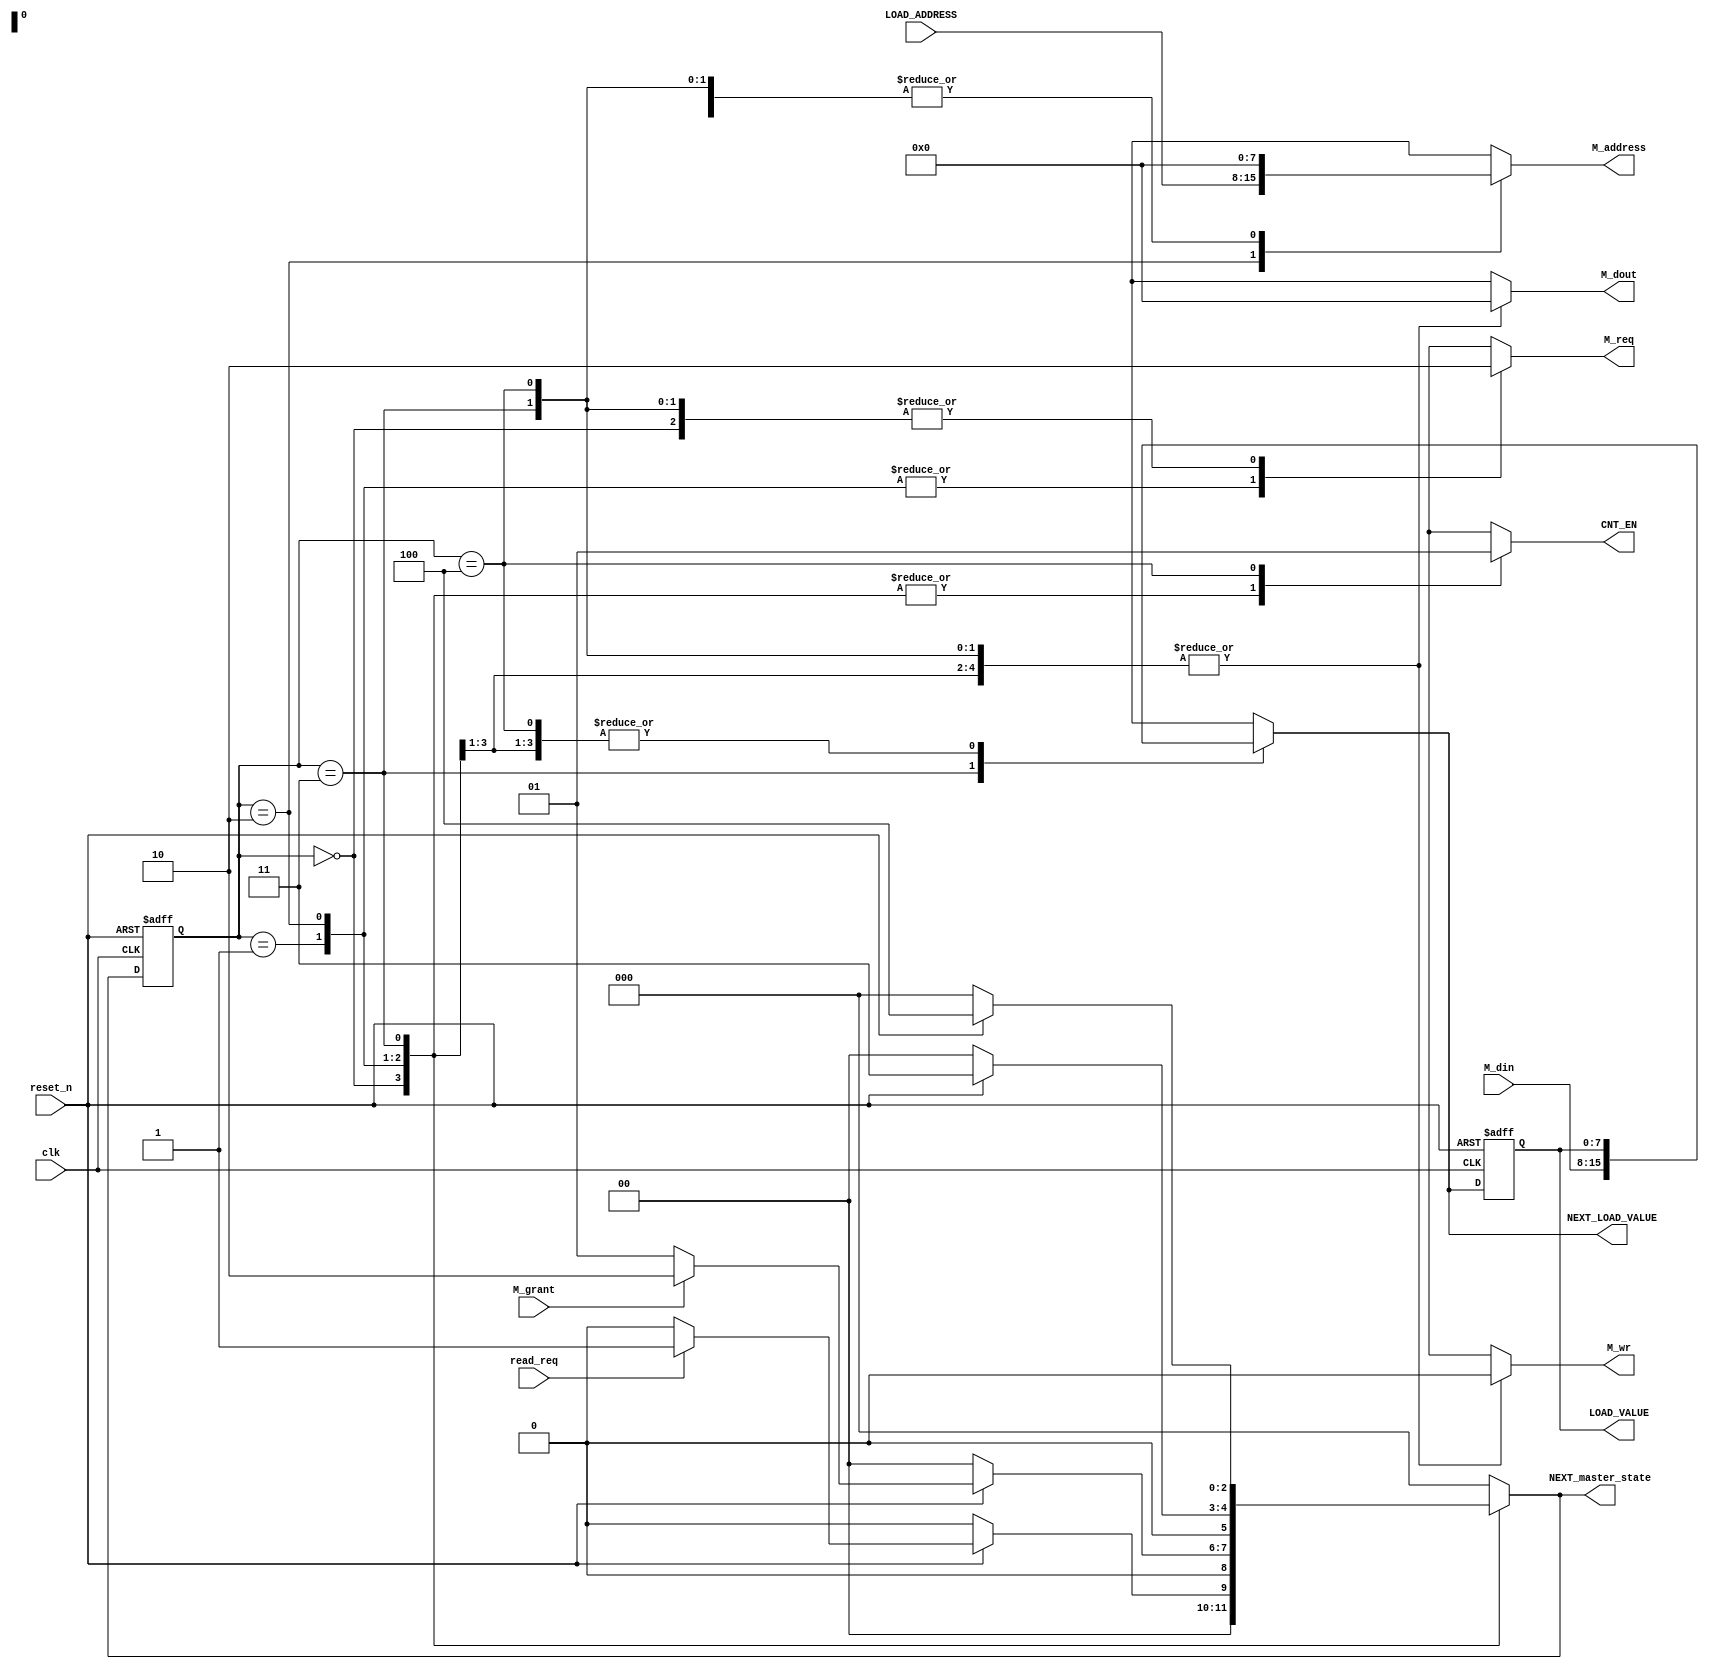
module	timer_master(clk, reset_n, read_req, LOAD_ADDRESS, M_grant, M_din, NEXT_master_state, NEXT_LOAD_VALUE, LOAD_VALUE, CNT_EN, M_req, M_address, M_wr, M_dout);
	input						clk, reset_n;
	input						read_req;
	input			[7:0]		LOAD_ADDRESS;
	input						M_grant;
	input			[7:0]		M_din;
	
	output reg	[2:0]		NEXT_master_state;
	output reg	[7:0]		NEXT_LOAD_VALUE;
	output reg	[7:0]		LOAD_VALUE;
	output reg				CNT_EN;
	output reg				M_req;
	output reg	[7:0]		M_address;
	output reg				M_wr;
	output reg	[7:0]		M_dout;
		

	reg			[2:0]		master_state;

	parameter	master_IDLE_STATE			=	3'b000;
	parameter	master_READ_REQ_STATE	=	3'b001;
	parameter	master_READ_GRA_STATE	=	3'b010;
	parameter	master_READ_DEL_STATE 	= 	3'b011;
	parameter	master_CNT_EN_STATE		=	3'b100;
	
	//-------------------------------------------------------------------------
	
	// Sequential Circuit - (master_state)
	always @ (posedge clk or negedge reset_n)
	begin
		if(reset_n == 1'b0) 			master_state <= master_IDLE_STATE;
		else								master_state <= NEXT_master_state;
	end
	
	//-------------------------------------------------------------------------
	
	// Combinational Logic - (NEXT_master_state Logic)
	
	always @ (master_state or reset_n or read_req or M_grant)
	begin
	case(master_state)
	master_IDLE_STATE:
		begin
			if(reset_n==1'b0)									NEXT_master_state <= master_IDLE_STATE;
			else if(read_req == 1'b0)						NEXT_master_state <= master_IDLE_STATE;
			else if(read_req == 1'b1)						NEXT_master_state <= master_READ_REQ_STATE;
			else													NEXT_master_state <= master_IDLE_STATE;
			//CNT_EN==0.
		end
	master_READ_REQ_STATE:
		begin
			if(reset_n==1'b0)									NEXT_master_state <= master_IDLE_STATE;
			else if(M_grant == 1'b0)						NEXT_master_state <= master_READ_REQ_STATE;
			else if(M_grant == 1'b1)						NEXT_master_state <= master_READ_GRA_STATE;
			else													NEXT_master_state <= master_READ_REQ_STATE;
			//   grant        .
		end
	master_READ_GRA_STATE:
		begin
			if(reset_n==0)										NEXT_master_state <= master_IDLE_STATE;
			else													NEXT_master_state <= master_READ_DEL_STATE;
			//  M_address, M_wr, M_dout    .
		end
	master_READ_DEL_STATE:
		begin
			if(reset_n==0)										NEXT_master_state <= master_IDLE_STATE;
			else													NEXT_master_state <= master_CNT_EN_STATE;
			//M_req <= 1'b0; M_din  
		end
	master_CNT_EN_STATE:
		begin
																	NEXT_master_state <= master_IDLE_STATE;
			//  IDLE STATE    CNT_EN==1 .
		end
	default:
		begin
																	NEXT_master_state <= master_IDLE_STATE;
		end
	endcase
	end
	
	//-------------------------------------------------------------------------
	
	// Sequential Circuit - (LOAD_VALUE)
	always @ (posedge clk or negedge reset_n)
	begin
		if(reset_n == 1'b0)
				LOAD_VALUE	 <= 8'b0;
		else
				LOAD_VALUE	 <= NEXT_LOAD_VALUE;
	end
	
	//-------------------------------------------------------------------------
	
	// Combinational Logic - (NEXT_LOAD_VALUE Logic)
	always @ (master_state or LOAD_VALUE or M_din)
	begin
		case(master_state)
		master_IDLE_STATE:		NEXT_LOAD_VALUE	<= LOAD_VALUE;
		master_READ_REQ_STATE:	NEXT_LOAD_VALUE	<= LOAD_VALUE;
		master_READ_GRA_STATE:	NEXT_LOAD_VALUE	<= LOAD_VALUE;
		master_READ_DEL_STATE:	NEXT_LOAD_VALUE	<= M_din;
		master_CNT_EN_STATE:		NEXT_LOAD_VALUE	<= LOAD_VALUE;
		default:						NEXT_LOAD_VALUE	<=	8'bx;
		endcase
	end
	
	//-------------------------------------------------------------------------
	
	// Combinational Circuit - Output Logic
	always @ (master_state or LOAD_ADDRESS)
	begin
		case(master_state)
		master_IDLE_STATE:
		begin
				M_req 				<= 1'b0;
				M_wr					<= 1'b0;
				M_dout				<= 8'b0;
				CNT_EN 				<= 1'b0;
				M_address 			<= 8'b0;
		end
		master_READ_REQ_STATE:
		begin	
				M_req 				<= 1'b1;
				M_wr					<= 1'b0;
				M_dout				<= 8'b0;
				CNT_EN 				<= 1'b0;
				M_address	  		<= 8'b0;

		end
		master_READ_GRA_STATE:
		begin
				M_req 				<= 1'b1;
				M_wr					<= 1'b0;
				M_dout				<= 8'b0;		
				CNT_EN 				<= 1'b0;
				M_address			<= LOAD_ADDRESS;
		end
		master_READ_DEL_STATE:
		begin
				M_req 				<= 1'b0;
				M_wr					<= 1'b0;
				M_dout				<= 8'b0;		
				CNT_EN 				<= 1'b0;
				M_address 			<= 8'b0;				
		end
		master_CNT_EN_STATE:
		begin
				M_req 				<= 1'b0;
				M_wr					<= 1'b0;
				M_dout				<= 8'b0;		
				CNT_EN 				<= 1'b1;
				M_address 			<= 8'b0;				
		end
		default:
		begin
				M_req 				<= 1'bx;
				M_wr					<= 1'bx;
				M_dout				<= 8'bx;		
				CNT_EN 				<= 1'bx;
				M_address 			<= 8'bx;		
		end
		endcase
	end
	
endmodule